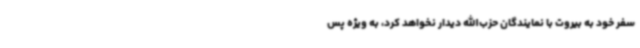
سفر خود به بیروت با نمایندگان حزب‌الله دیدار نخواهد کرد، به ویژه پس